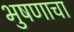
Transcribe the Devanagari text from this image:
भुषणाचा